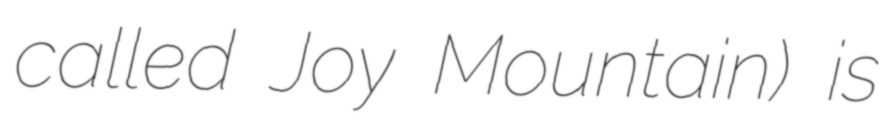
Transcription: called Joy Mountain) is